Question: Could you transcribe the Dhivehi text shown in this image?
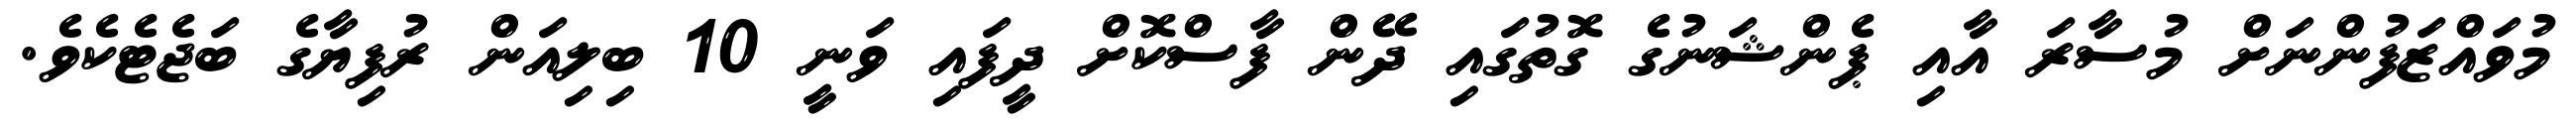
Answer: މުވައްޒަފުންނަށް މުސާރަ އާއި ޕެންޝަނުގެ ގޮތުގައި ދޭން ފާސްކޮށް ދީފައި ވަނީ 10 ބިލިއަން ރުފިޔާގެ ބަޖެޓެކެވެ.